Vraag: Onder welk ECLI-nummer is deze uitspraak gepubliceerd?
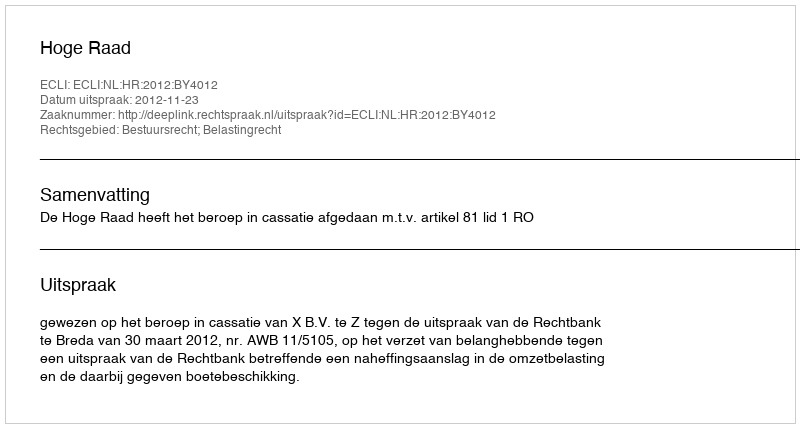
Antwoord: ECLI:NL:HR:2012:BY4012